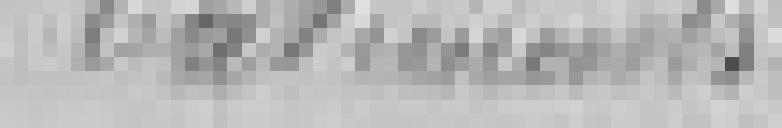
bâtiments.